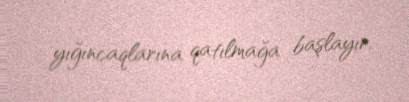
yığıncaqlarına qatılmağa başlayır.